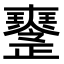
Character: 𤫒